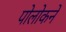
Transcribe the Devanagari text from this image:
पोलोकने